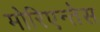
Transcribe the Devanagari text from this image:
मोरिएन्तेस